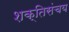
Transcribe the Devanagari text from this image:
शक्तिसंचय